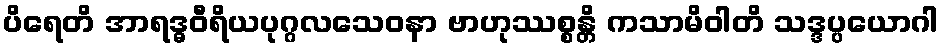
ပိရေတိ အာရဒ္ဓဝီရိယပုဂ္ဂလသေဝနာ ဗာဟုဿစ္စန္တိ ကသာမိဝါတိ သဒ္ဒပ္ပယောဂါ